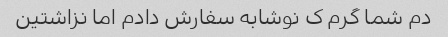
دم شما گرم ک نوشابه سفارش دادم اما نزاشتین